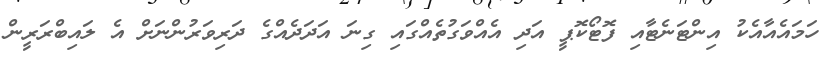
ހަމައެއާއެކު އިންޓަނެޓާއި ފޮޓޯކޮޕީ އަދި އެއްވަގުތެއްގައި ގިނަ އަދަދެއްގެ ދަރިވަރުންނަށް އެ ލައިބްރަރީން